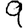
Digit: 9